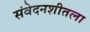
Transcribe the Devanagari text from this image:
संवेदनशीतला